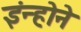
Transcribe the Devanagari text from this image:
इंन्होने